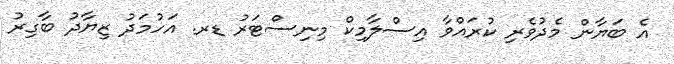
އެ ބަޔާން މެދުވެރި ކުރައްވާ އިސްލާމިކް މިނިސްޓަރު ޑރ. އަހުމަދު ޒިޔާދު ބާގިރު